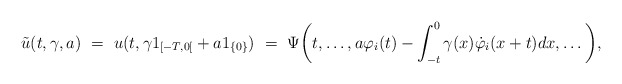
\begin{align*}\tilde u(t,\gamma,a) \ = \ u(t,\gamma1_{[-T,0[}+a1_{\{0\}}) \ = \ \Psi\bigg(t,\ldots,a\varphi_i(t) - \int_{-t}^0 \gamma(x)\dot{\varphi}_i(x+t)dx,\ldots\bigg),\end{align*}